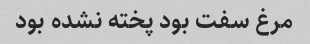
مرغ سفت بود پخته نشده بود